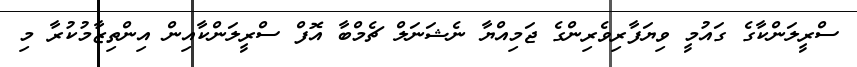
ސްރީލަންކާގެ ގައުމީ ވިޔަފާރިވެރިންގެ ޖަމިއްޔާ ނެޝަނަލް ޗެމްބާ އޮފް ސްރީލަންކާއިން އިންތިޒާމުކުރާ މި